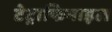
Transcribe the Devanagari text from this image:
टेट्राफिनाइल